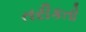
તરીકતો